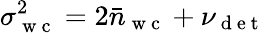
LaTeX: \sigma_{\mathrm{~w~c~}}^{2}=2\bar{n}_{\mathrm{~w~c~}}+\nu_{\mathrm{~d~e~t~}}